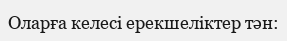
Оларға келесі ерекшеліктер тән: